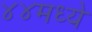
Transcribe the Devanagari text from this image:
४४मध्ये